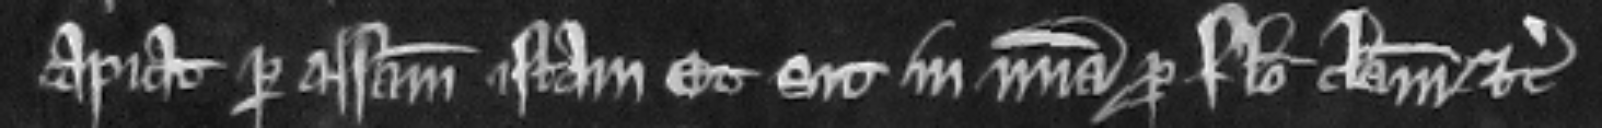
capiat per assisam istam Et sit in misericordia pro falso clamore etc.